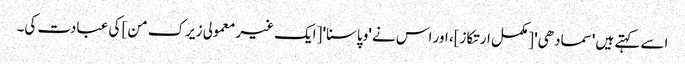
اسے کہتے ہیں 'سمادھی' [مکمل ارتکاز]، اور اس نے 'وپاسنا' [ایک غیر معمولی زیرک من] کی عبادت کی۔